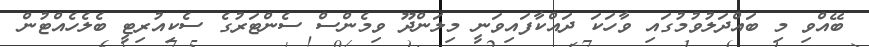
ބޭއްވި މި ބައްދަލުވުމުގައި ވާހަކަ ދައްކާފައިވަނީ މިލަންދޫ ވިމެންސް ސެންޓަރުގެ ސެކިއުރިޓީ ބެލެހެއްޓުން